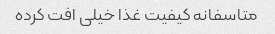
متاسفانه کیفیت غذا خیلی افت کرده